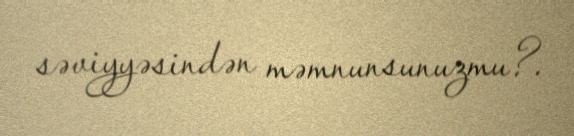
səviyyəsindən məmnunsunuzmu?.